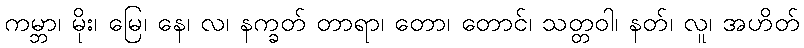
ကမ္ဘာ၊ မိုး၊ မြေ၊ နေ၊ လ၊ နက္ခတ် တာရာ၊ တော၊ တောင်၊ သတ္တဝါ၊ နတ်၊ လူ၊ အဟိတ်